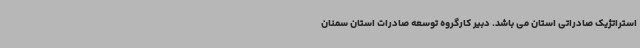
استراتژیک صادراتی استان می باشد. دبیر کارگروه توسعه صادرات استان سمنان